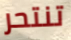
تنتحر